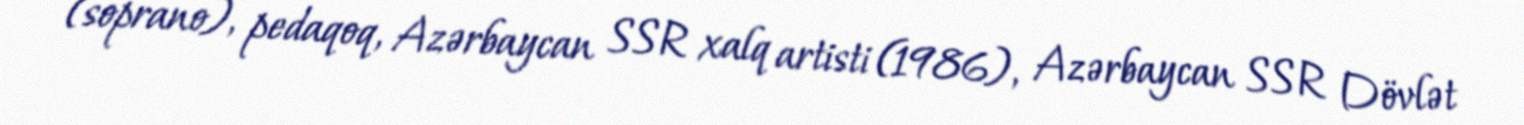
(soprano), pedaqoq, Azərbaycan SSR xalq artisti (1986), Azərbaycan SSR Dövlət